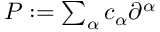
\textstyle P : = \sum _ { \alpha } c _ { \alpha } \partial ^ { \alpha }